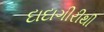
દાદાગીરીથી